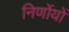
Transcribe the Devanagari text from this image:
निर्णोयों